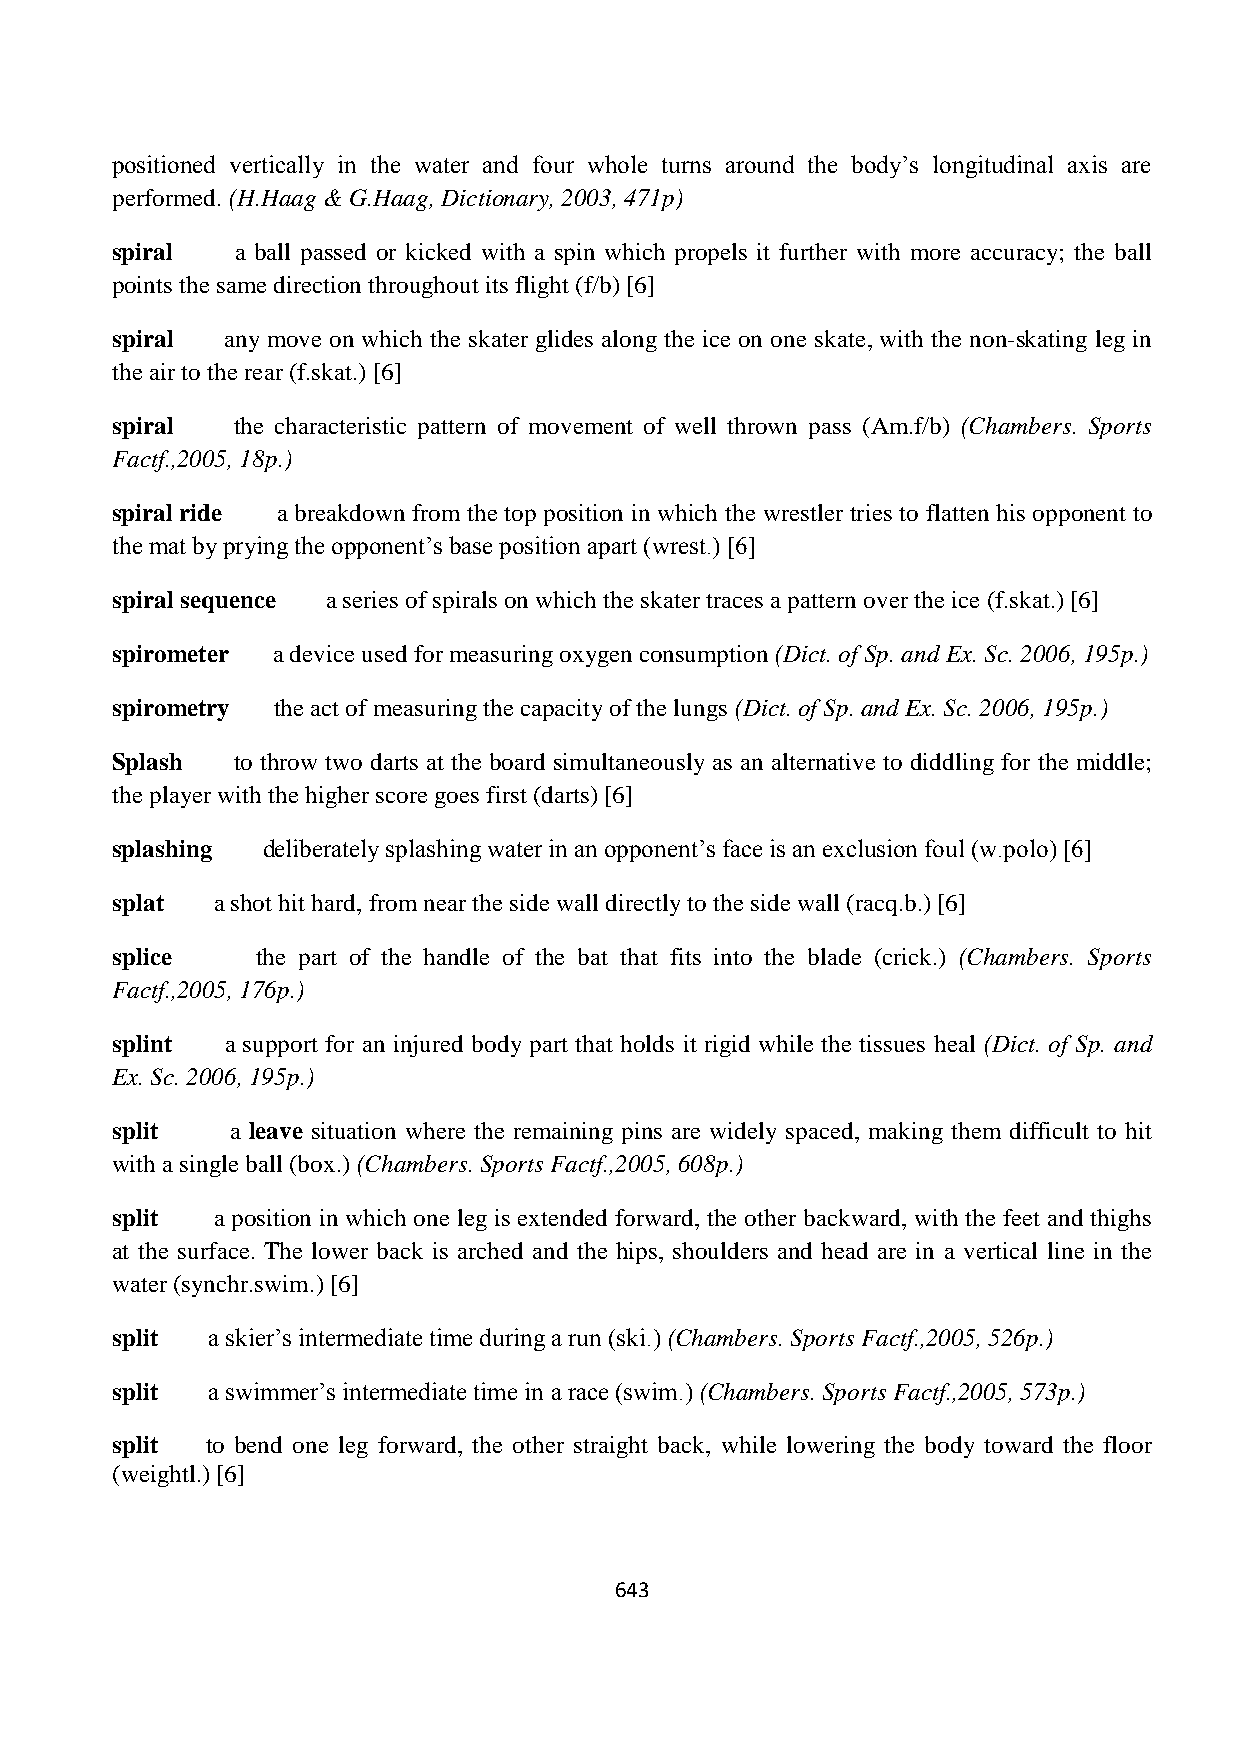
positioned vertically in the water and four whole turns around the body‟s longitudinal axis are
 performed. (H.Haag & G.Haag, Dictionary, 2003, 471p)
 spiral   a ball passed or kicked with a spin which propels it further with more accuracy; the ball
 points the same direction throughout its flight (f/b) [6]
 spiral  any move on which the skater glides along the ice on one skate, with the non-skating leg in
 the air to the rear (f.skat.) [6]
 spiral  the characteristic pattern of movement of well thrown pass (Am.f/b) (Chambers. Sports
 Factf.,2005, 18p.)
 spiral ride a breakdown from the top position in which the wrestler tries to flatten his opponent to
 the mat by prying the opponent‟s base position apart (wrest.) [6]
 spiral sequence a series of spirals on which the skater traces a pattern over the ice (f.skat.) [6]
 spirometer a device used for measuring oxygen consumption (Dict. of Sp. and Ex. Sc. 2006, 195p.)
 spirometry the act of measuring the capacity of the lungs (Dict. of Sp. and Ex. Sc. 2006, 195p.)
 Splash  to throw two darts at the board simultaneously as an alternative to diddling for the middle;
 the player with the higher score goes first (darts) [6]
 splashing deliberately splashing water in an opponent‟s face is an exclusion foul (w.polo) [6]
 splat  a shot hit hard, from near the side wall directly to the side wall (racq.b.) [6]
 splice    the part of the handle of the bat that fits into the blade (crick.) (Chambers. Sports
 Factf.,2005, 176p.)
 splint  a support for an injured body part that holds it rigid while the tissues heal (Dict. of Sp. and
 Ex. Sc. 2006, 195p.)
 split   a leave situation where the remaining pins are widely spaced, making them difficult to hit
 with a single ball (box.) (Chambers. Sports Factf.,2005, 608p.)
 split  a position in which one leg is extended forward, the other backward, with the feet and thighs
 at the surface. The lower back is arched and the hips, shoulders and head are in a vertical line in the
 water (synchr.swim.) [6]
 split  a skier‟s intermediate time during a run (ski.) (Chambers. Sports Factf.,2005, 526p.)
 split  a swimmer‟s intermediate time in a race (swim.) (Chambers. Sports Factf.,2005, 573p.)
 split  to bend one leg forward, the other straight back, while lowering the body toward the floor
 (weightl.) [6]
 643